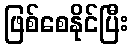
ဖြစ်စေနိုင်ပြီး